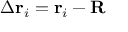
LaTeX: \Delta \mathbf { r } _ { i } = \mathbf { r } _ { i } - \mathbf { R }